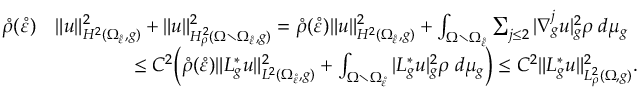
\begin{array} { r l } { \mathring \rho ( \mathring \varepsilon ) } & { \| u \| _ { H ^ { 2 } ( \Omega _ { \mathring \varepsilon } , g ) } ^ { 2 } + \| u \| _ { H _ { \rho } ^ { 2 } ( \Omega \setminus \Omega _ { \mathring \varepsilon } , g ) } ^ { 2 } = \mathring \rho ( \mathring \varepsilon ) \| u \| _ { H ^ { 2 } ( \Omega _ { \mathring \varepsilon } , g ) } ^ { 2 } + \int _ { \Omega \setminus \Omega _ { \mathring \varepsilon } } \sum _ { j \leq 2 } | \nabla _ { g } ^ { j } u | _ { g } ^ { 2 } \rho \; d \mu _ { g } } \\ & { \qquad \qquad \leq C ^ { 2 } \Big ( \mathring \rho ( \mathring \varepsilon ) \| L _ { g } ^ { * } u \| _ { L ^ { 2 } ( \Omega _ { \mathring \varepsilon } , g ) } ^ { 2 } + \int _ { \Omega \setminus \Omega _ { \mathring \varepsilon } } | L _ { g } ^ { * } u | _ { g } ^ { 2 } \rho \; d \mu _ { g } \Big ) \leq C ^ { 2 } \| L _ { g } ^ { * } u \| _ { L _ { \rho } ^ { 2 } ( \Omega , g ) } ^ { 2 } . } \end{array}